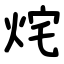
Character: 烢